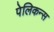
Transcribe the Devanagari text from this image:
पेलिकन्स